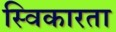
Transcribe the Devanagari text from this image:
स्विकारता